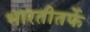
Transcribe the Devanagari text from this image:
भारतीतर्फे